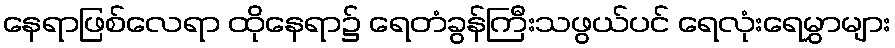
နေရာဖြစ်လေရာ ထိုနေရာ၌ ရေတံခွန်ကြီးသဖွယ်ပင် ရေလုံးရေမွှာများ